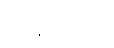
ရှိနေတာပါ။